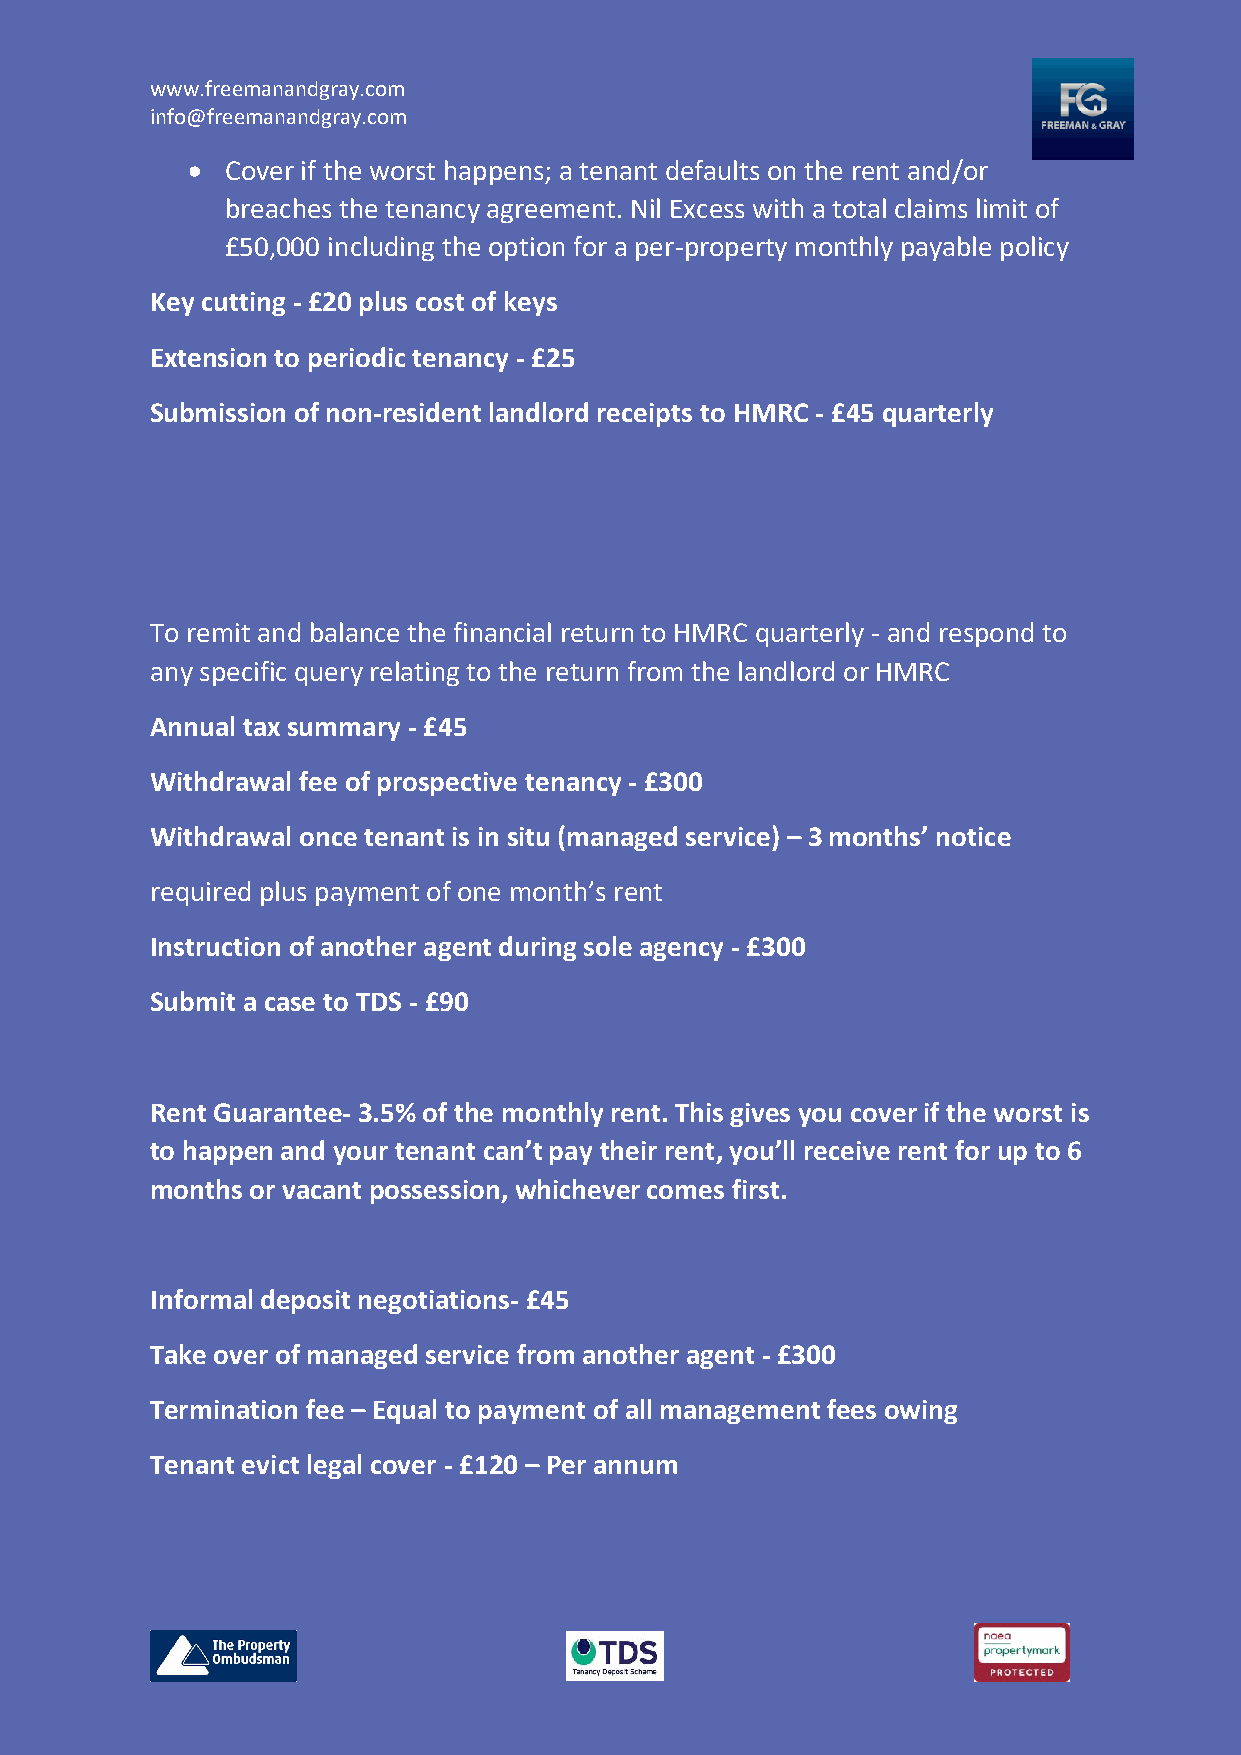
www.freemanandgray.com
 info@freemanandgray.com
 •  Cover if the worst happens; a tenant defaults on the rent and/or
 breaches the tenancy agreement. Nil Excess with a total claims limit of
 £50,000 including the option for a per-property monthly payable policy
 Key cutting - £20 plus cost of keys
 Extension to periodic tenancy - £25
 Submission of non-resident landlord receipts to HMRC - £45 quarterly
 To remit and balance the financial return to HMRC quarterly - and respond to
 any specific query relating to the return from the landlord or HMRC
 Annual tax summary - £45
 Withdrawal fee of prospective tenancy - £300
 Withdrawal once tenant is in situ (managed service) – 3 months’ notice
 required plus payment of one month’s rent
 Instruction of another agent during sole agency - £300
 Submit a case to TDS - £90
 Rent Guarantee- 3.5% of the monthly rent. This gives you cover if the worst is
 to happen and your tenant can’t pay their rent, you’ll receive rent for up to 6
 months or vacant possession, whichever comes first.
 Informal deposit negotiations- £45
 Take over of managed service from another agent - £300
 Termination fee – Equal to payment of all management fees owing
 Tenant evict legal cover - £120 – Per annum